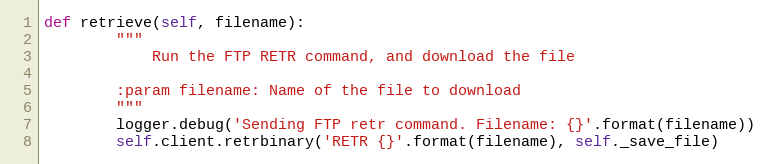
Language: Python
def retrieve(self, filename):
        """
            Run the FTP RETR command, and download the file

        :param filename: Name of the file to download
        """
        logger.debug('Sending FTP retr command. Filename: {}'.format(filename))
        self.client.retrbinary('RETR {}'.format(filename), self._save_file)